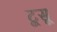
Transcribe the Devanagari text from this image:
टूसू